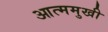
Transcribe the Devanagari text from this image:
आत्ममुखी